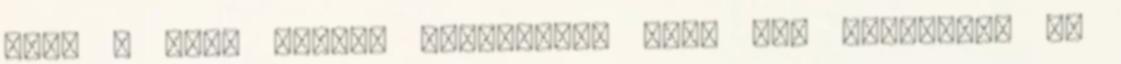
akit a népe nagyon szeretett. Csak egy búsította az